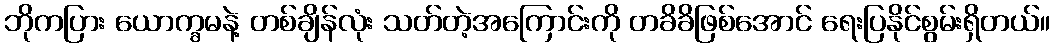
ဘိုကပြား ယောက္ခမနဲ့ တစ်ချိန်လုံး သတ်တဲ့အကြောင်းကို တခိခိဖြစ်အောင် ရေးပြနိုင်စွမ်းရှိတယ်။